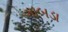
ગાબડા